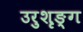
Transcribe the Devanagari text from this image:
उरुशृङ्ग